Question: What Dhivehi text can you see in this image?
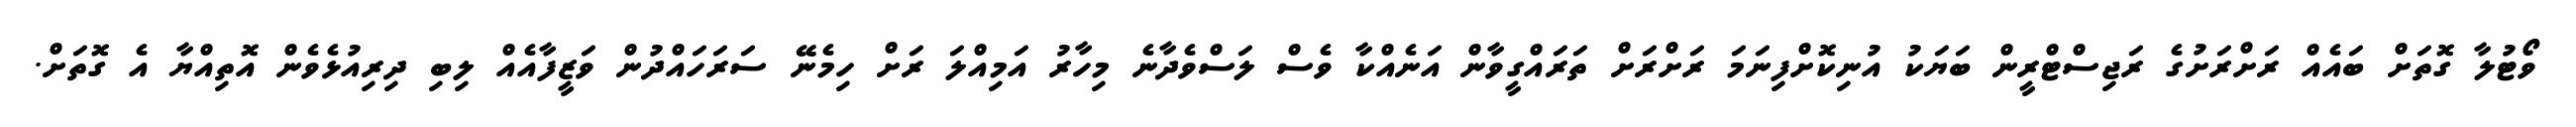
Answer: ވޯޓުލާ ގޮތަށް ބައެއް ރަށްރަށުގެ ރަޖިސްޓްރީން ބަޔަކު އުނިކޮށްފިނަމަ ރަށްރަށް ތަރައްގީވާން އަނެއްކާ ވެސް ލަސްވެދާނެ މިހާރު އަމިއްލަ ރަށް ހިމެނޭ ސަރަހައްދުން ވަޒީފާއެއް ލިބި ދިރިއުޅެވެން އޮތިއްޔާ އެ ގޮތަށް.